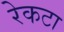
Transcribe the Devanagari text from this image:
रेकटा